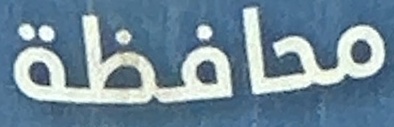
محافظة